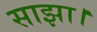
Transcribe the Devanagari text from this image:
साझा।